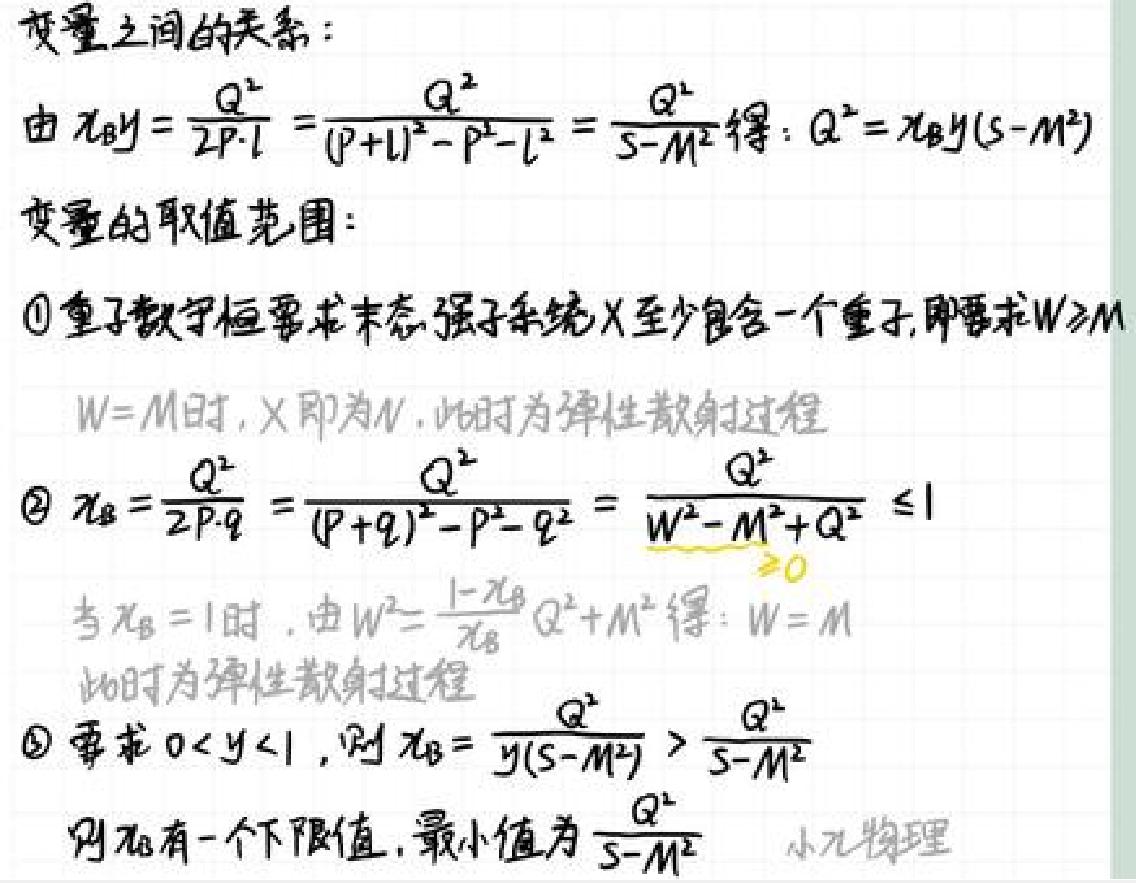
变量之间的关系：
由$x_{B}y=\frac{Q^{2}}{2P\cdot l}=\frac{Q^{2}}{(P + l)^{2}-P^{2}-l^{2}}=\frac{Q^{2}}{s - M^{2}}$得：$Q^{2}=x_{B}y(s - M^{2})$

变量的取值范围：
$\textcircled{1}$重子数守恒要求末态强子系统$X$至少包含一个重子，即要求$W\geqslant M$
$W = M$时，$X$即为$N$，此时为弹性散射过程
$\textcircled{2}$$x_{B}=\frac{Q^{2}}{2P\cdot q}=\frac{Q^{2}}{(P + q)^{2}-P^{2}-q^{2}}=\frac{Q^{2}}{W^{2}-M^{2}+Q^{2}}\leqslant1$
当$x_{B}=1$时，由$W^{2}=\frac{1 - x_{B}}{x_{B}}Q^{2}+M^{2}$得：$W = M$
此时为弹性散射过程
$\textcircled{3}$要求$0 < y < 1$，则$x_{B}=\frac{Q^{2}}{y(s - M^{2})}>\frac{Q^{2}}{s - M^{2}}$
则$x_{B}$有一个下限值，最小值为$\frac{Q^{2}}{s - M^{2}}$
小兀物理